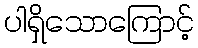
ပါရှိသောကြောင့်